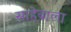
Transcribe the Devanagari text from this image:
साहेबाला